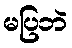
မပြဘဲ